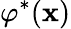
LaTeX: \varphi^{*}(\mathbf{x})